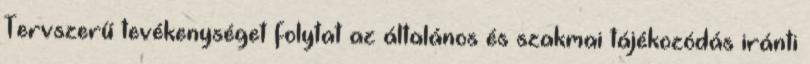
Tervszerű tevékenységet folytat az általános és szakmai tájékozódás iránti